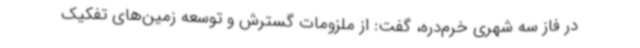
در فاز سه شهری خرم‌دره، گفت: از ملزومات گسترش و توسعه زمین‌های تفکیک